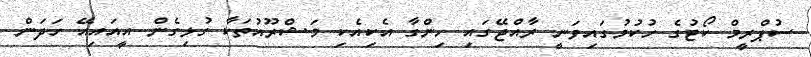
ސުޕްރީމް ކޯޓުގެ ހުކުމުގައިވަނީ ރާއްޖޭގައި ހިންގާ އެކިއެކި މަޝްރޫއުތަކާ ގުޅިގެން އީއައިއޭ ހަދަން